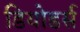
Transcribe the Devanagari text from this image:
डियोडर्स